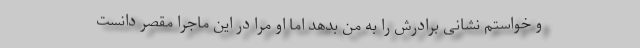
و خواستم نشانی برادرش را به من بدهد اما او مرا در این ماجرا مقصر دانست